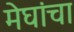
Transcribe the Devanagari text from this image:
मेघांचा